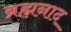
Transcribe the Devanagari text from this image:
ब्रह्मनाद